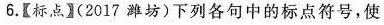
6.【标点】(2017潍坊) 下列各句中的标点符号，使